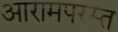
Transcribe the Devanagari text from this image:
आरामपरस्त